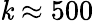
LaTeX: \mathit{k}\approx500